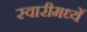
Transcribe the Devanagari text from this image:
स्वारीमध्यें